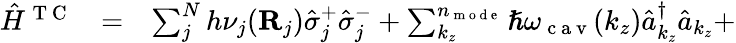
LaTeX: \begin{array}{ccl}{{\hat{H}}^{\mathrm{~T~C~}}}&{=}&{\sum_{j}^{N}h\nu_{j}(\mathbf R_{j})\hat{\sigma}_{j}^{+}\hat{\sigma}_{j}^{-}+\sum_{k_{z}}^{n_{\mathrm{~m~o~d~e~}}}\hslash\omega_{\mathrm{~c~a~v~}}(k_{z})\hat{a}_{k_{z}}^{\dagger}\hat{a}_{k_{z}}+}\end{array}